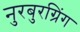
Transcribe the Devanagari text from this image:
नुरबुरग्रिंग